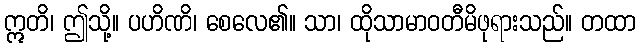
ဣတိ၊ ဤသို့။ ပဟိဏိ၊ စေလေ၏။ သာ၊ ထိုသာမာဝတီမိဖုရားသည်။ တထာ